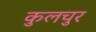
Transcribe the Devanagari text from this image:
कुलचुर